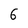
Character: 6